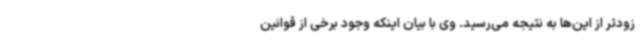
زودتر از این‌ها به نتیجه می‌رسید. وی با بیان اینکه وجود برخی از قوانین